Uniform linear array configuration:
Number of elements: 8
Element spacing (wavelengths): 0.5
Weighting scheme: kaiser
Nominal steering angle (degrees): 60
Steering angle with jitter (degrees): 61.107
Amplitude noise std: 0.05
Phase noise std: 0.05

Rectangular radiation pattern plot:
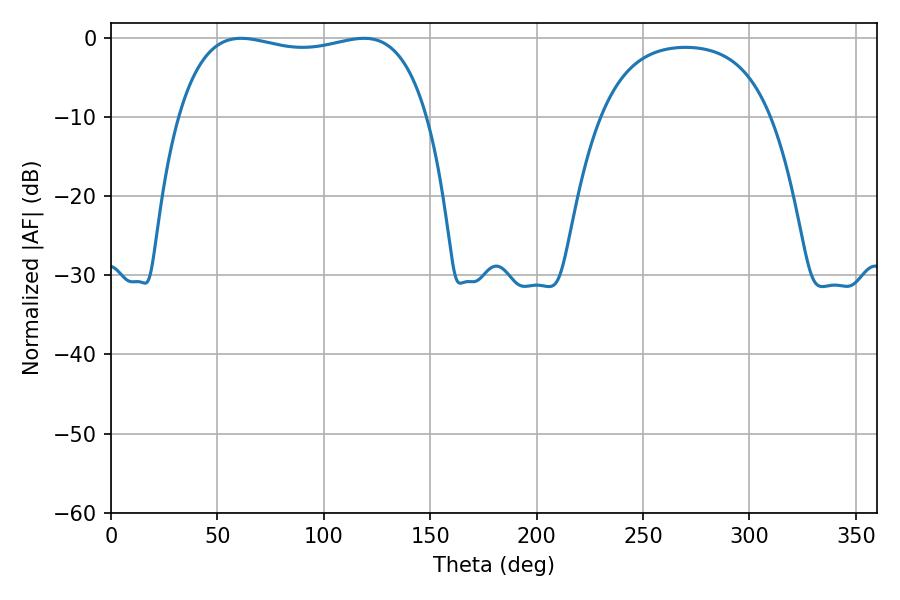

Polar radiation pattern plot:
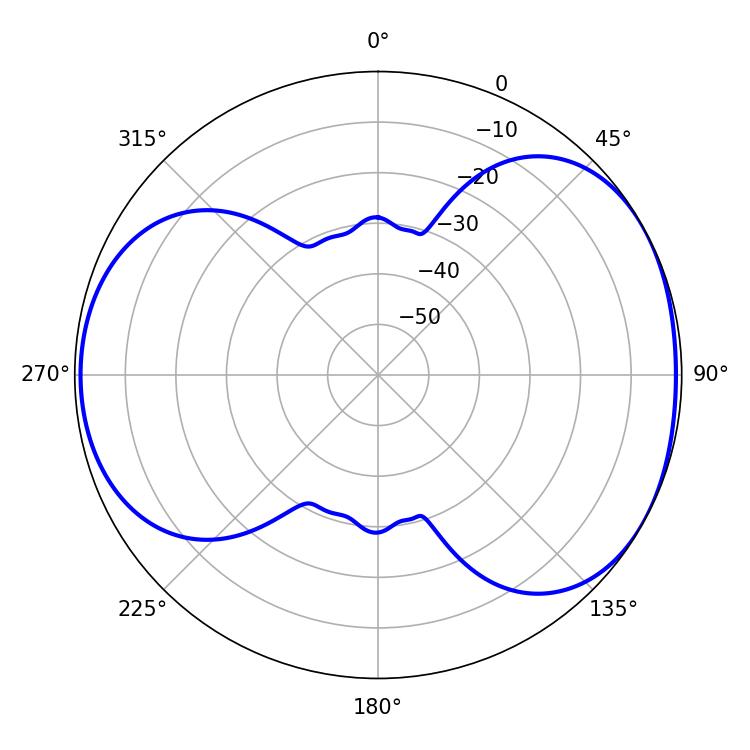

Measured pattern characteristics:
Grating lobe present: FALSE
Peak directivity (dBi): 4.879
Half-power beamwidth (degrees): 94.68
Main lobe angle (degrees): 61.2